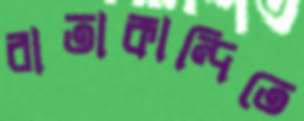
বাতাকান্দিতে